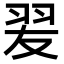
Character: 𦐓